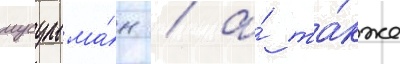
мусульма́н / а́ та́кже